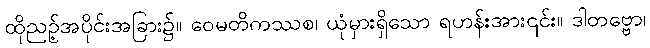
ထိုညဉ့်အပိုင်းအခြား၌။ ဝေမတိကဿစ၊ ယုံမှားရှိသော ရဟန်းအား၎င်း။ ဒါတဗ္ဗော၊